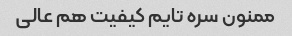
ممنون سره تایم کیفیت هم عالی